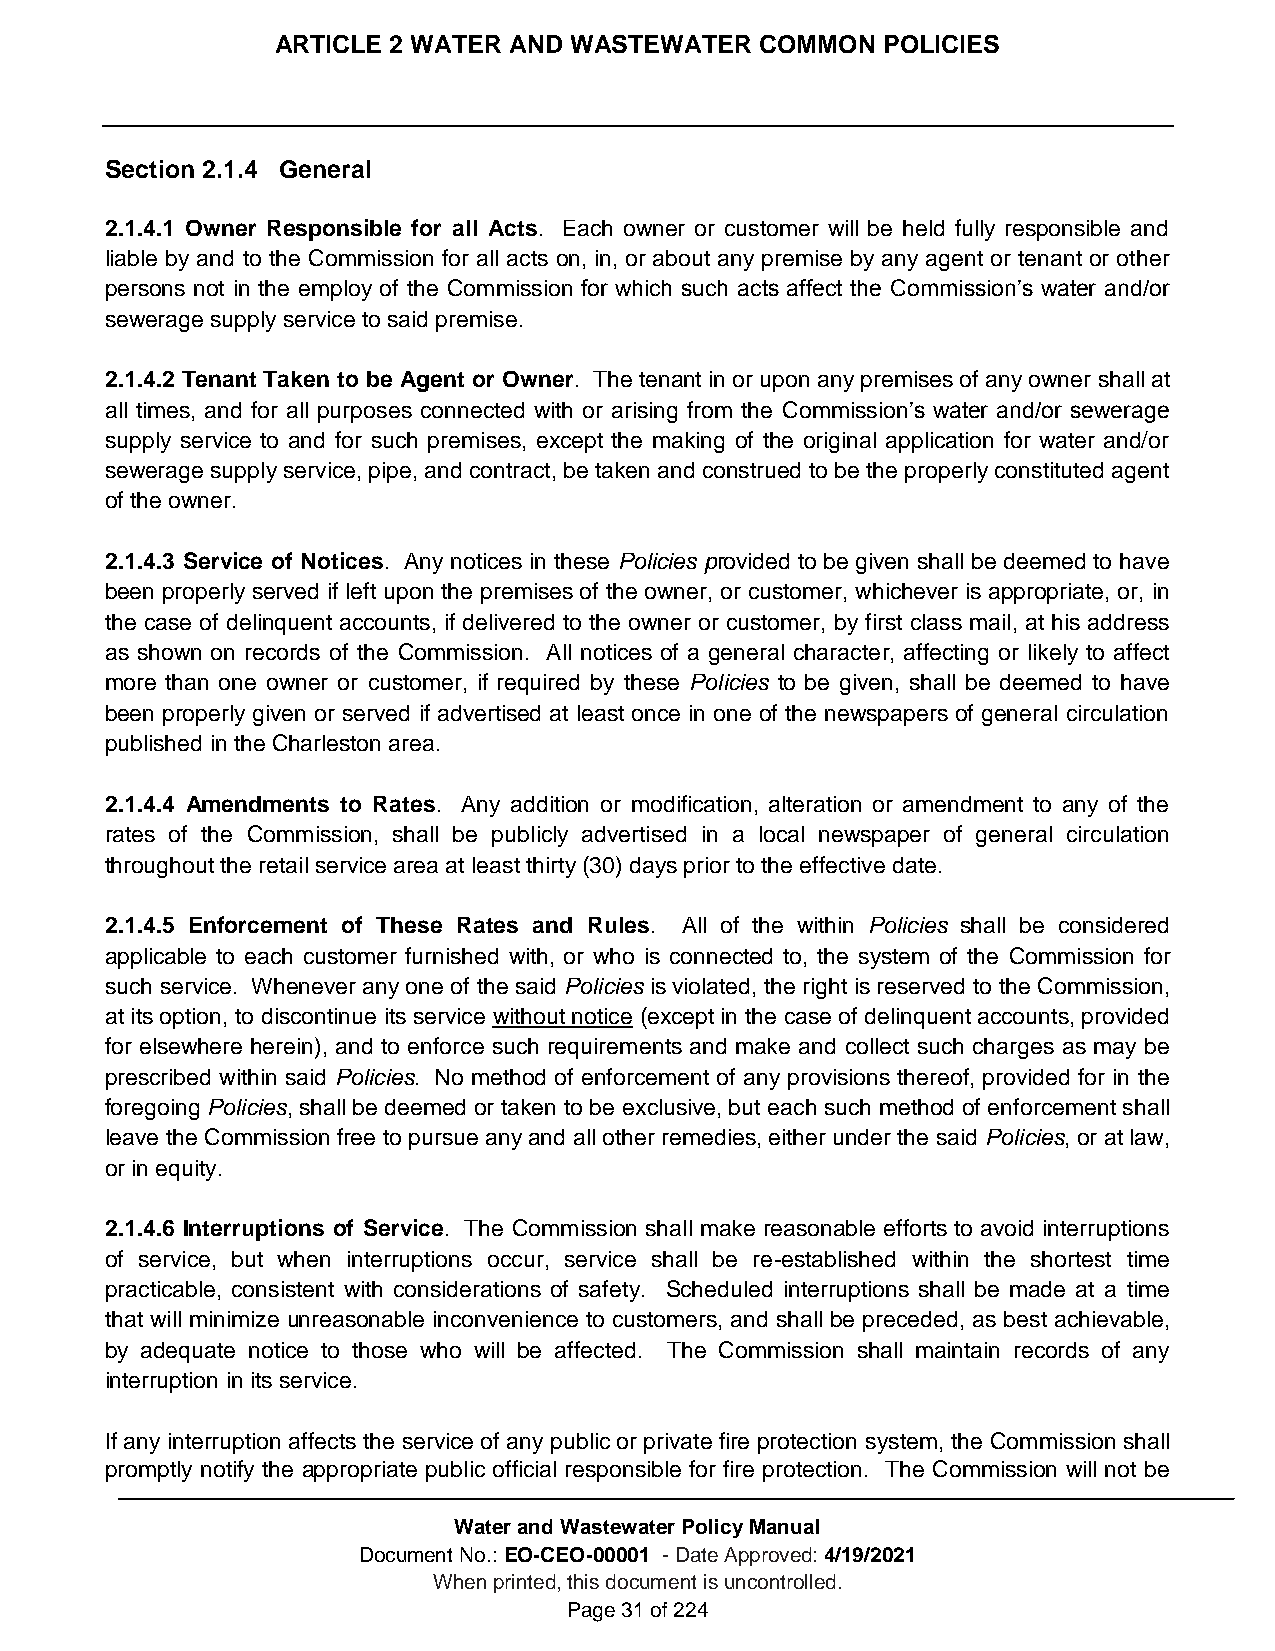
ARTICLE 2 WATER AND WASTEWATER  COMMON  POLICIES
 Section 2.1.4 General
 2.1.4.1 Owner Responsible for all Acts. Each owner or customer will be held fully responsible and
 liable by and to the Commission for all acts on, in, or about any premise by any agent or tenant or other
 persons not in the employ of the Commission for which such acts affect the Commission’s water and/or
 sewerage supply service to said premise.
 2.1.4.2 Tenant Taken to be Agent or Owner. The tenant in or upon any premises of any owner shall at
 all times, and for all purposes connected with or arising from the Commission’s water and/or sewerage
 supply service to and for such premises, except the making of the original application for water and/or
 sewerage supply service, pipe, and contract, be taken and construed to be the properly constituted agent
 of the owner.
 2.1.4.3 Service of Notices. Any notices in these Policies provided to be given shall be deemed to have
 been properly served if left upon the premises of the owner, or customer, whichever is appropriate, or, in
 the case of delinquent accounts, if delivered to the owner or customer, by first class mail, at his address
 as shown on records of the Commission. All notices of a general character, affecting or likely to affect
 more than one owner or customer, if required by these Policies to be given, shall be deemed to have
 been properly given or served if advertised at least once in one of the newspapers of general circulation
 published in the Charleston area.
 2.1.4.4 Amendments to Rates. Any addition or modification, alteration or amendment to any of the
 rates of the Commission, shall be publicly advertised in a local newspaper of general circulation
 throughout the retail service area at least thirty (30) days prior to the effective date.
 2.1.4.5 Enforcement of These Rates and Rules. All of the within Policies shall be considered
 applicable to each customer furnished with, or who is connected to, the system of the Commission for
 such service. Whenever any one of the said Policies is violated, the right is reserved to the Commission,
 at its option, to discontinue its service without notice (except in the case of delinquent accounts, provided
 for elsewhere herein), and to enforce such requirements and make and collect such charges as may be
 prescribed within said Policies. No method of enforcement of any provisions thereof, provided for in the
 foregoing Policies, shall be deemed or taken to be exclusive, but each such method of enforcement shall
 leave the Commission free to pursue any and all other remedies, either under the said Policies, or at law,
 or in equity.
 2.1.4.6 Interruptions of Service. The Commission shall make reasonable efforts to avoid interruptions
 of service, but when interruptions occur, service shall be re-established within the shortest time
 practicable, consistent with considerations of safety. Scheduled interruptions shall be made at a time
 that will minimize unreasonable inconvenience to customers, and shall be preceded, as best achievable,
 by adequate notice to those who will be affected. The Commission shall maintain records of any
 interruption in its service.
 If any interruption affects the service of any public or private fire protection system, the Commission shall
 promptly notify the appropriate public official responsible for fire protection. The Commission will not be
 Water and Wastewater Policy Manual
 Document No.: EO-CEO-00001 - Date Approved: 4/19/2021
 When printed, this document is uncontrolled.
 Page 31 of 224